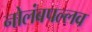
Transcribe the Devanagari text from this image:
नोलंबपल्लव